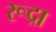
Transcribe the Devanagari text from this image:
रूद्रा